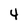
Character: 4